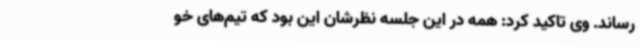
رساند. وی تاکید کرد: همه در این جلسه نظرشان این بود که تیم‌های خو